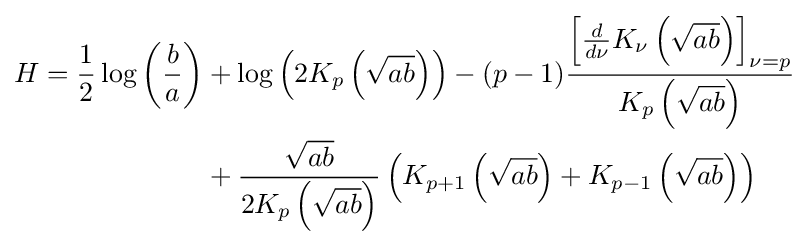
{\begin{aligned}H={\frac {1}{2}}\log \left({\frac {b}{a}}\right)&{}+\log \left(2K_{p}\left({\sqrt {ab}}\right)\right)-(p-1){\frac {\left[{\frac {d}{d\nu }}K_{\nu }\left({\sqrt {ab}}\right)\right]_{\nu =p}}{K_{p}\left({\sqrt {ab}}\right)}}\\&{}+{\frac {\sqrt {ab}}{2K_{p}\left({\sqrt {ab}}\right)}}\left(K_{p+1}\left({\sqrt {ab}}\right)+K_{p-1}\left({\sqrt {ab}}\right)\right)\end{aligned}}